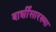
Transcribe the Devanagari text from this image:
बार्शीसारख्या